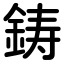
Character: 鋳